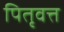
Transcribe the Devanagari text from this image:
पितृवत्त